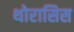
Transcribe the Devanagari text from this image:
थोरासिस